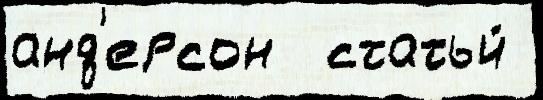
анд'ерсон  статьи́